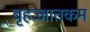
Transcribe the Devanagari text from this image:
बृहज्जातकम